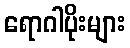
ရောဂါပိုးများ